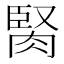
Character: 𦜜